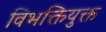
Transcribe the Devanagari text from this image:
विभक्तियुक्त